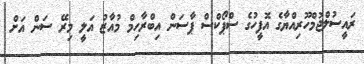
ރައީސުލްޖުމްހޫރިއްޔާގެ އޮފީހުގެ ސްޕޯކްސް ޕާސަން އިބްރާހިމް މުއާޒު އަލީ މިރޭ ސަން އަށް